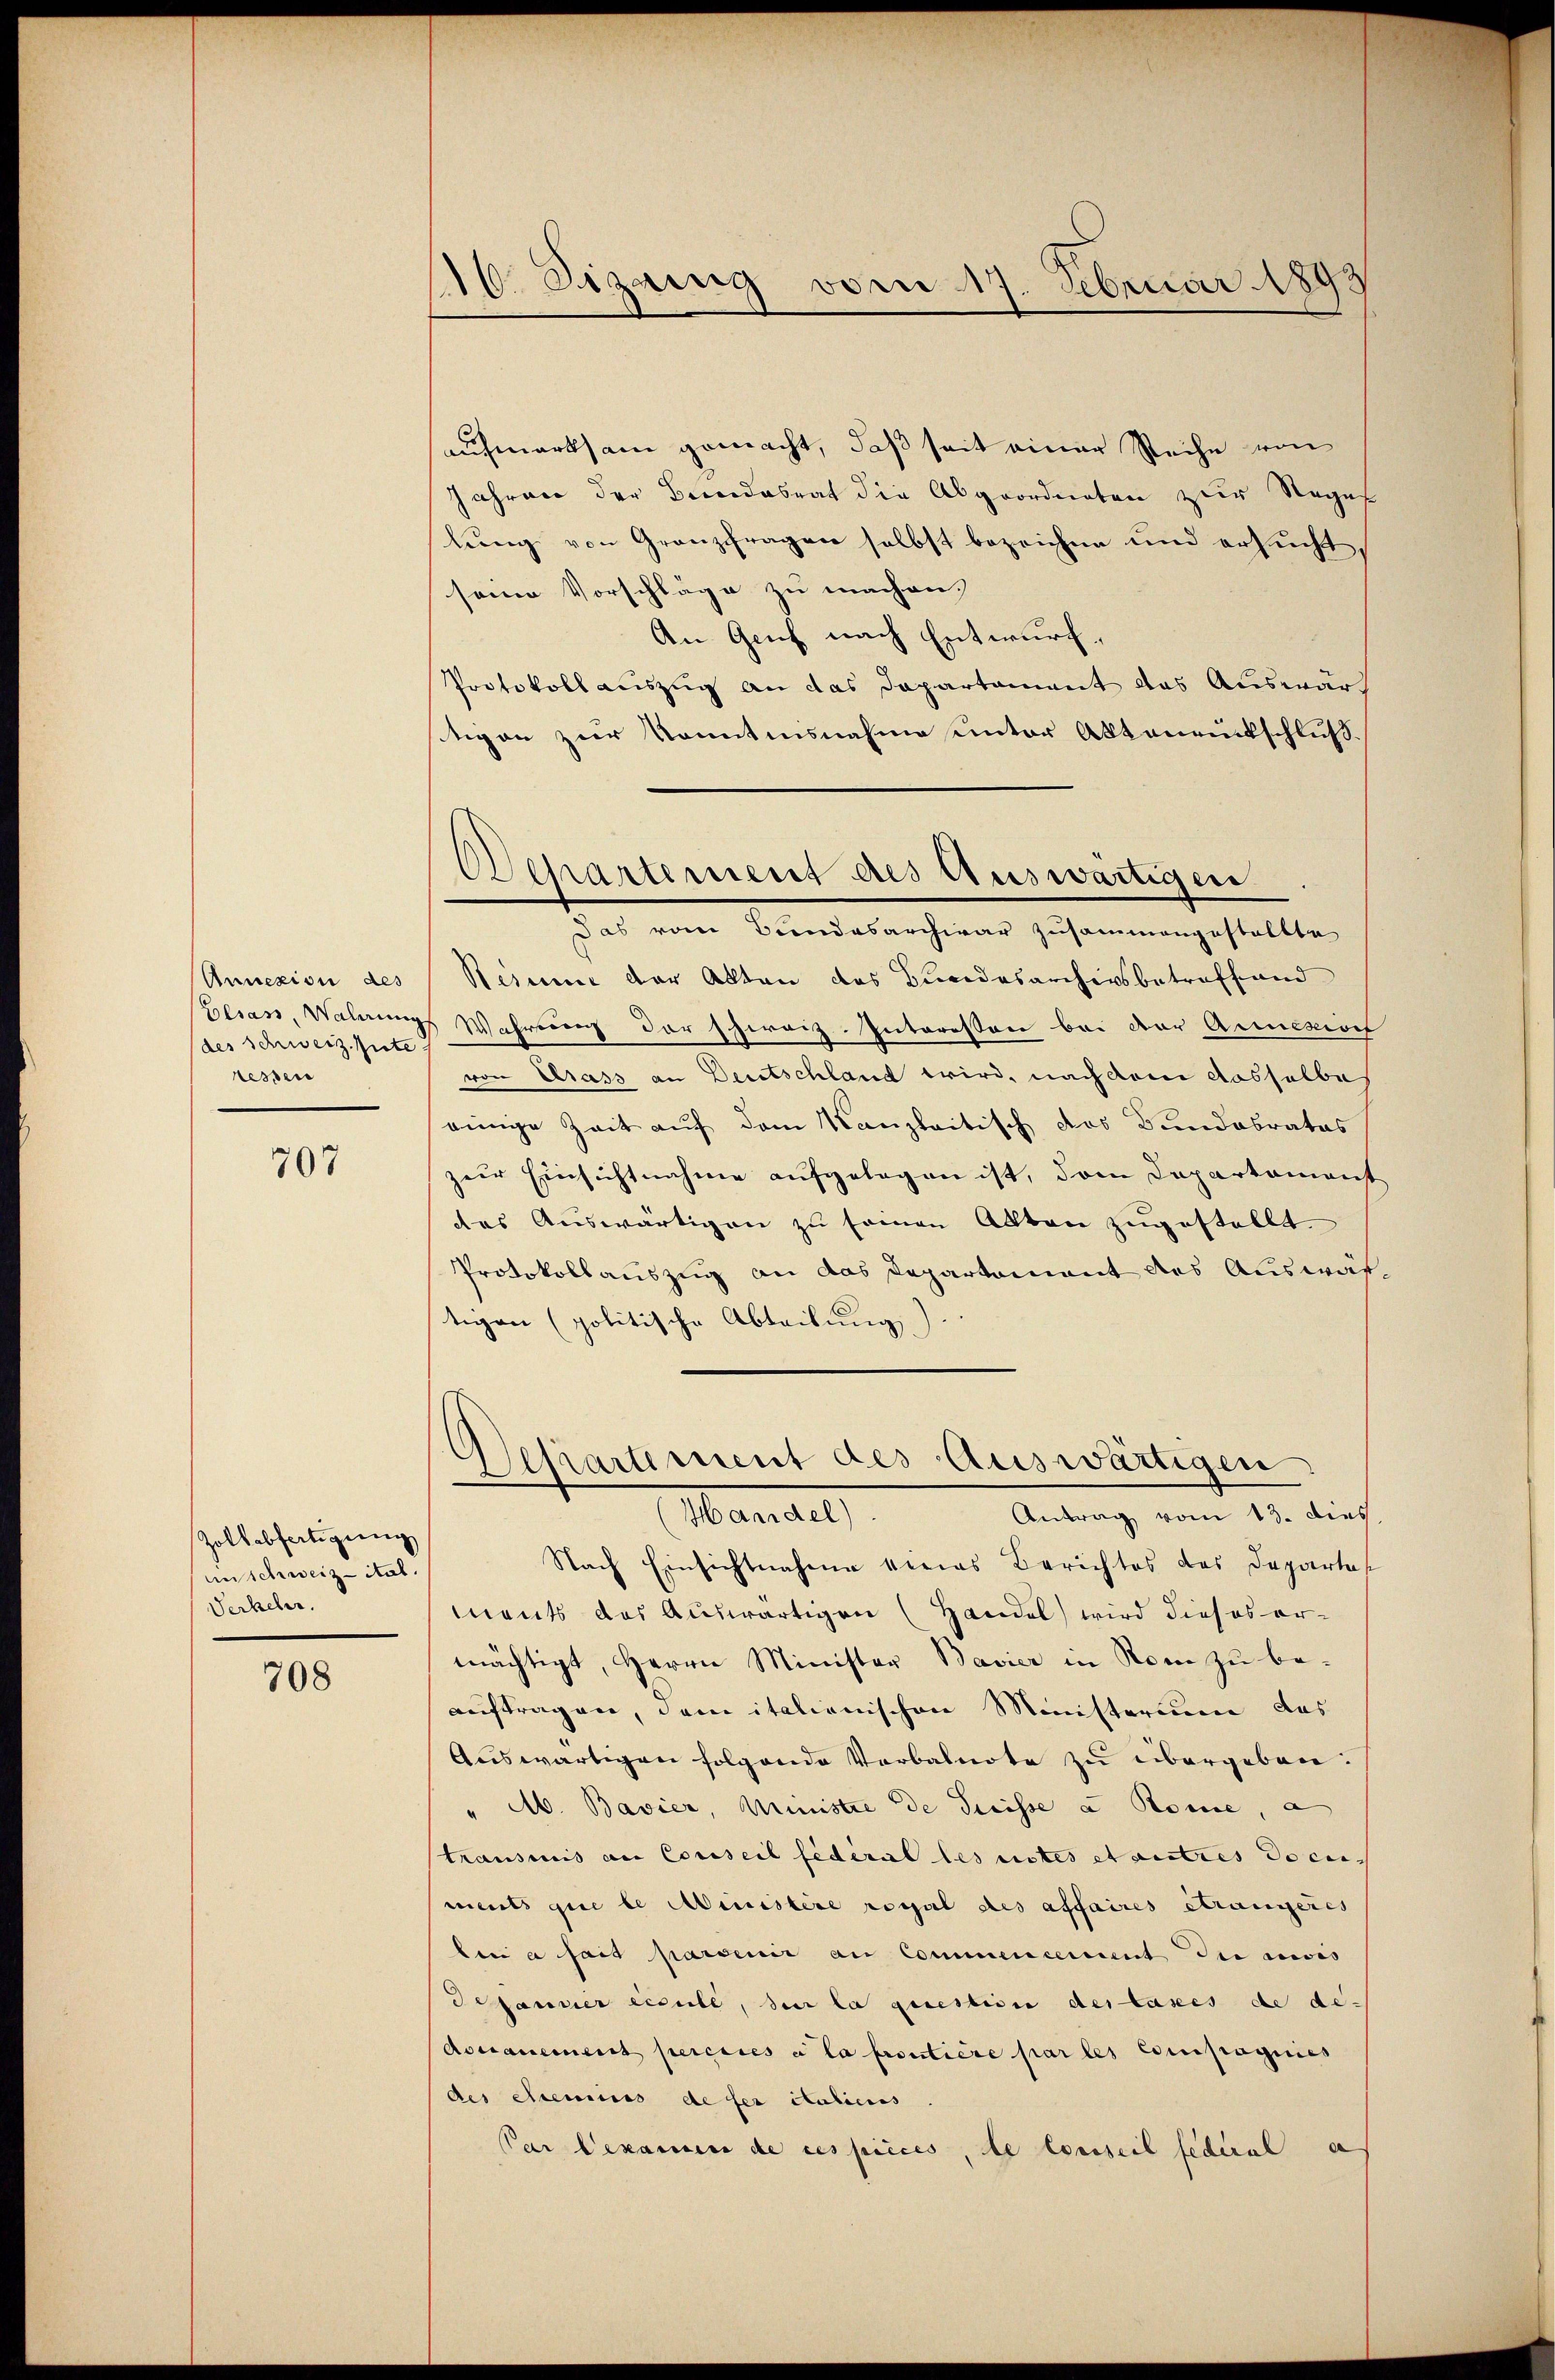
Annexion des
(des Schweiz. Gute
ressen

707

Zoltabfertigung
unschweizitat.
Verkehr.

708

16. Sizaig vom 17. Februar 189.

aufmerksam gemacht, daß seit einer Reihe von
Jahren der Bereidesrat die Abgeordneten zur Stegef
lung von Granzfragen selbst bezeichne und ersucht,
seine Vorschläge zu machen.
An Genf nach Entwurf.
Protokoll auszug an das Departement das Auswärstigen zur konntensnahme unter Aktenrückschluß.
Resume der Akten des Bundesarchivsbetreffend
Besass, Waldungs Wahrerenz der Phiraiz. Interessen bei der Annexioef
von Grass an Deutschland wird, nach dem dasselbes
einige Zeit auf dem Kanzleitisch das Bandabrates
zur Einsichtnahme aufgelegen ist, dem Departament
das Auswärtigen zu seinen Akten zugestellt
Protokollauszug an das Departement des Auswärtigen (politische Abtribung).
Separtiment des Auswärtigen
Mandel,
Antrag vom 13. dies.
Nach Einsichtnahme dieas Berichtes des Departes
ments das Auswärtigen (Handel wird dieses ermächtigt, Herrn Minister Bavier in Rom zu be-
auftragen, dem italienischen Ministerium das
Auswärtigen folgende Verbalnote zu übergeben.
" Ab. Bavier, Ministre de Preisse a Rome, a
transis an Conseil fédéral les ustes et autres documents que le Ministire royal des affaires étrangeres
lei a sait parsenir an Commencement die erwis
desanner excull, den la question des taxes de de-
doanement peresses à la proutiere par les Compagnies
des Chemins de ser italicis
Par bekamen de ces pièces, de Conseil federal a

Departement des Auswärtigen
Das vom Bundesarchivar zusammengestellte